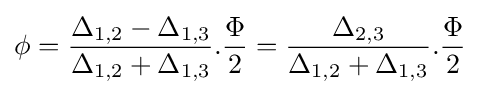
\phi ={\frac {\Delta _{1,2}-\Delta _{1,3}}{\Delta _{1,2}+\Delta _{1,3}}}.{\frac {\Phi }{2}}={\frac {\Delta _{2,3}}{\Delta _{1,2}+\Delta _{1,3}}}.{\frac {\Phi }{2}}